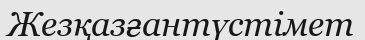
Жезқазғантүстімет